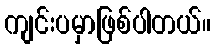
ကျင်းပမှာဖြစ်ပါတယ်။